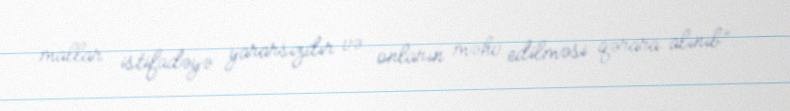
mallar istifadəyə yararsızdır və onların məhv edilməsi qərara alınıb”.